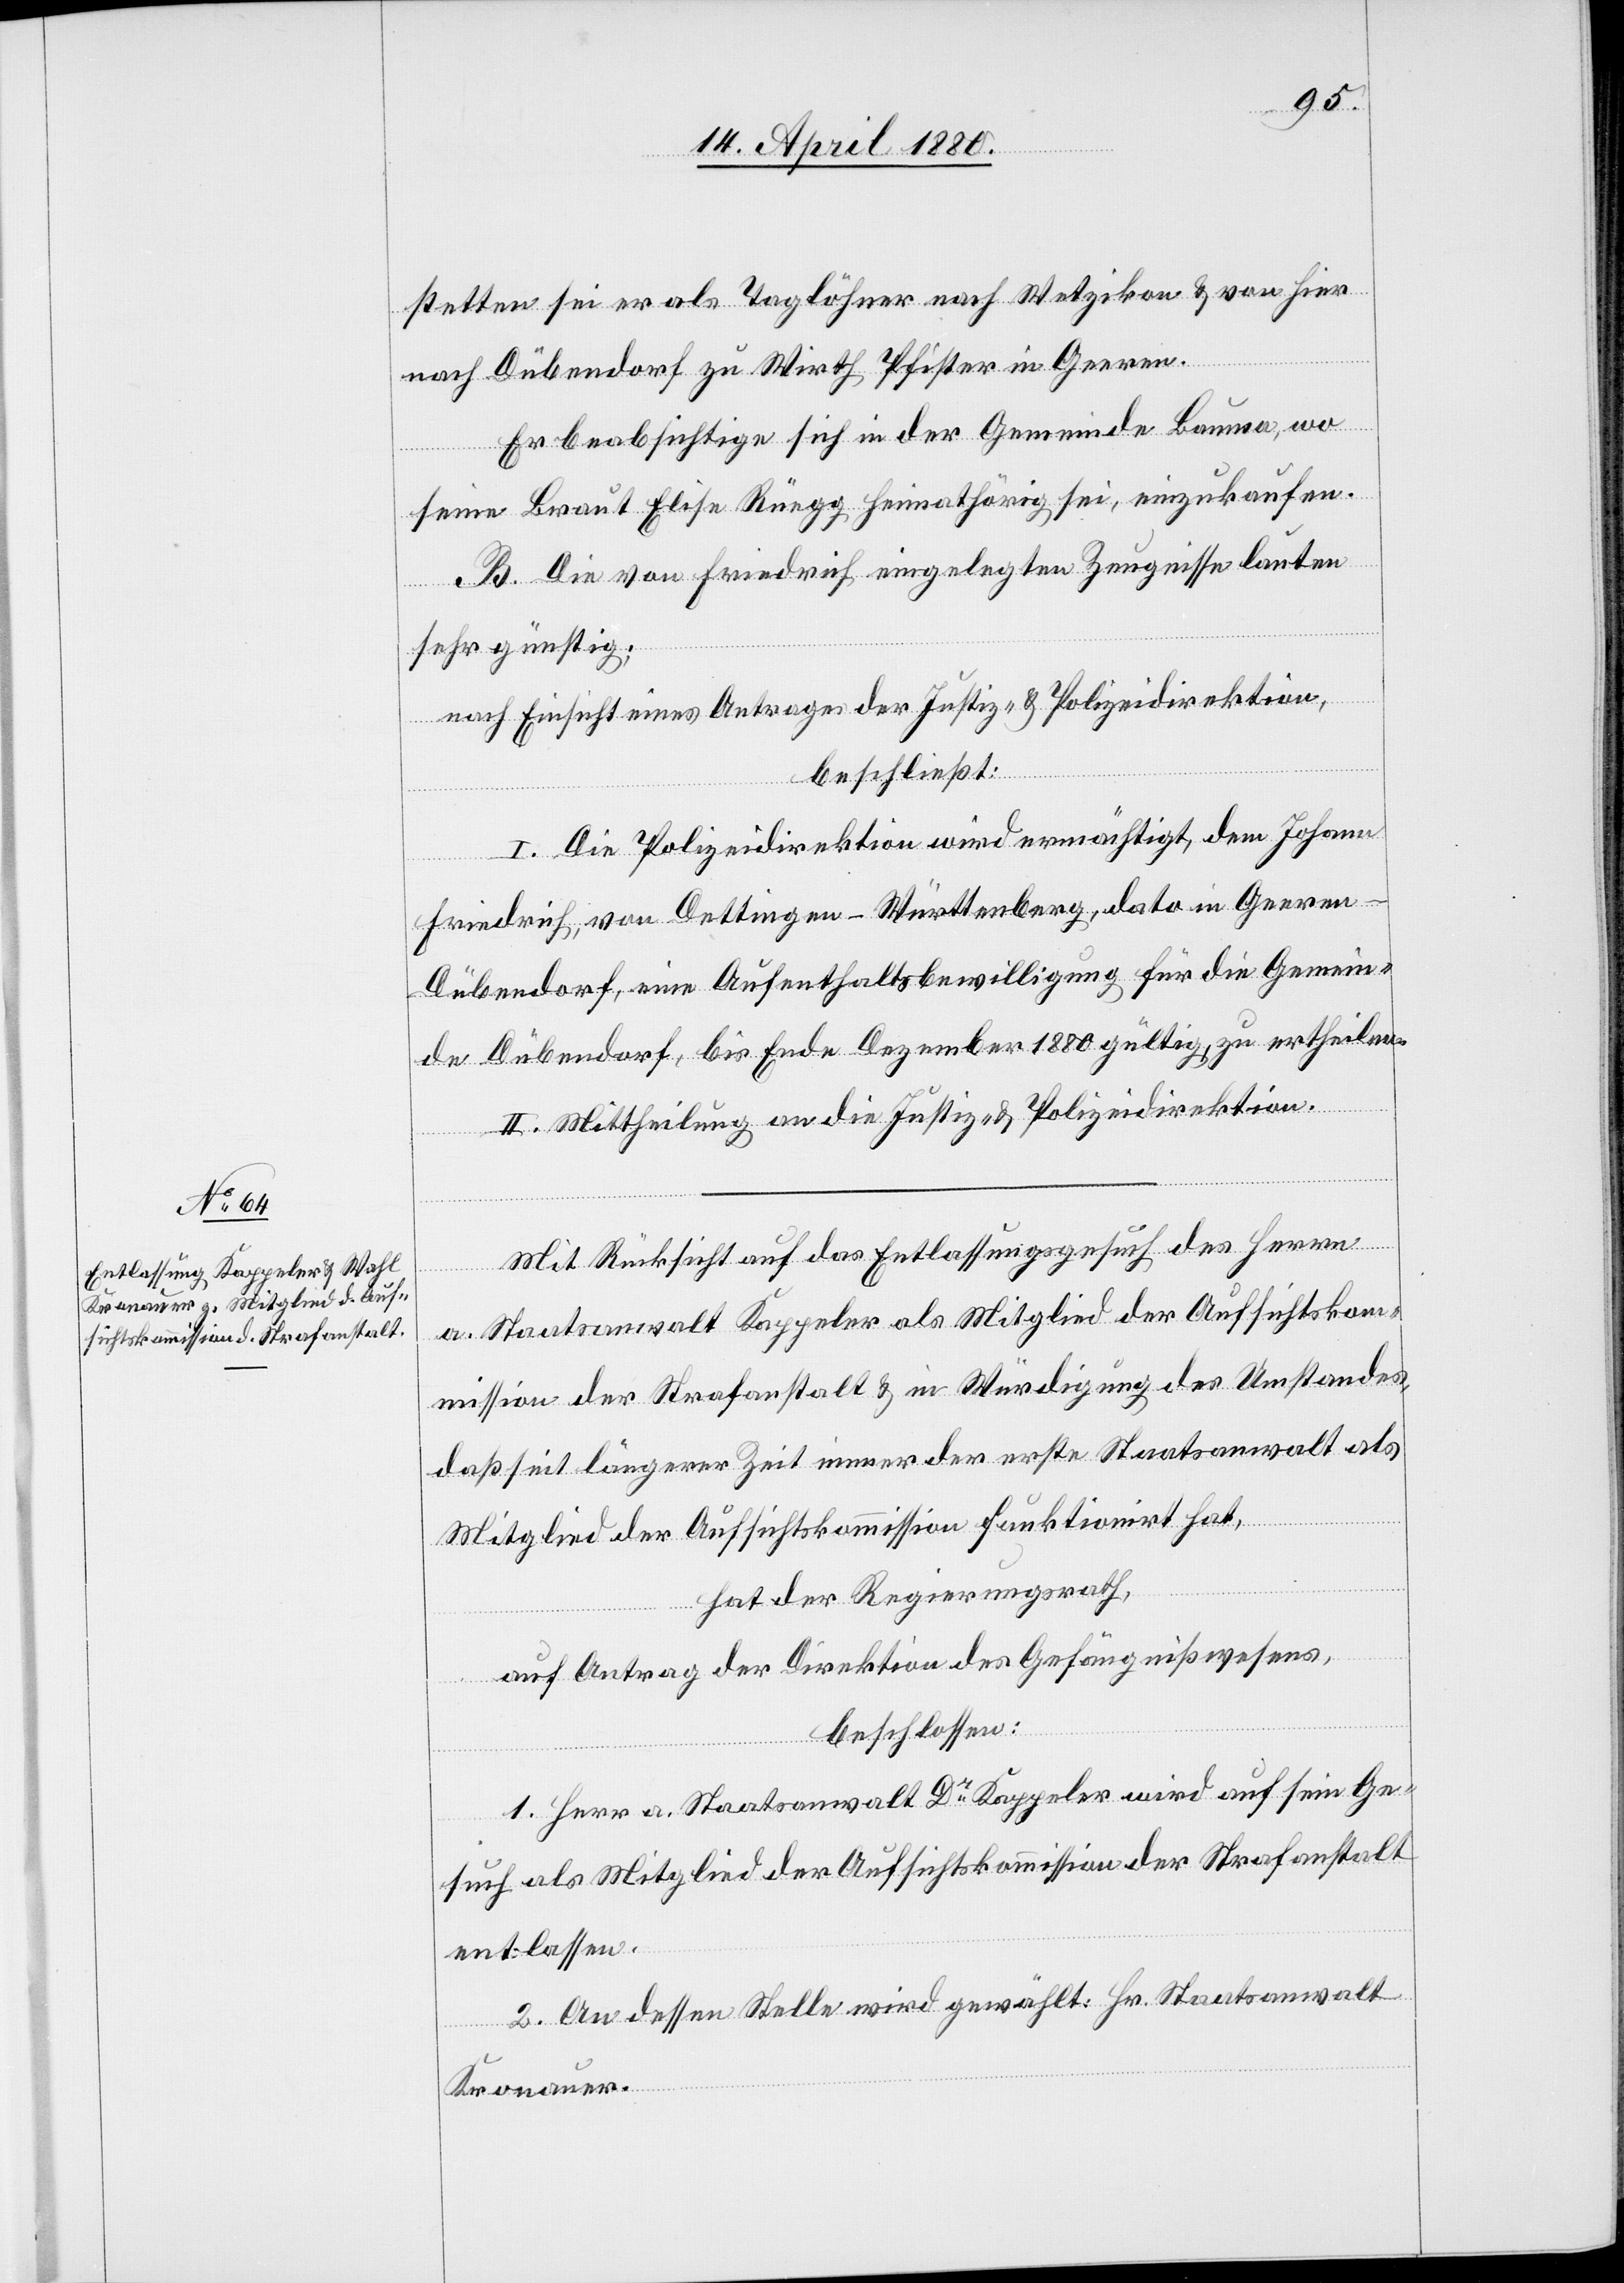
stetten sei er als Taglöhner nach Wetzikon & von hier
nach Dübendorf zu Wirth Pfister in Geeren.
Er beabsichtige sich in der Gemeinde Bauma, wo
seine braut Elise Rüegg heimathörig sei, einzukaufen.
B. Die von Friedrich eingelegten Zeugnisse lauten
sehr günstig;
nach Einsicht eines Antrages der Justiz- & Polizeidirektion,
beschließt:
I. Die Polizeidirektion wird ermächtigt, dem Johann
Friedrich, von Dettlingen - Württemberg, dato in Geeren
Dübendorf, eine Aufenthaltsbewilligung für die Gemein¬
de Dübendorf, bis Ende Dezember 1800 gültig, zu ertheilen.
II. Mittheilung an die Justiz- & Polizeidirektion.
Mit Rücksicht auf das Entlassungsgesuch des Herrn
a. Staatsanwalt Kappeler als Mitglied der Aufsichtskom¬
mission der Strafanstalt & in Würdigung des Umstandes,
daß seit längerer Zeit immer der erste Staatsanwalt als
Mitglied der Aufsichtskommission funktionirt hat,
hat der Regierungsrath,
auf Antrag der Direktion des Gefängnißwesens,
beschlossen:
1. Herr a. Staatsanwalt Dr Kappeler wird auf sein Ge¬
such als Mitglied der Aufsichtskommission der Strafanstalt
entlassen.
2. An dessen Stelle wird gewählt: Hr. Staatsanwalt
Kronauer.